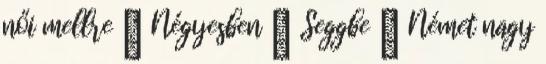
női mellre ▪ Négyesben ▪ Seggbe ▪ Német nagy